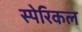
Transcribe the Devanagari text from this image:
स्पेरिकल